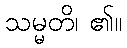
သမ္မတိ၊ ၏။